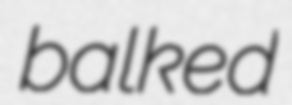
balked